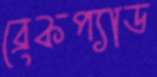
ব্রেকপ্যাড